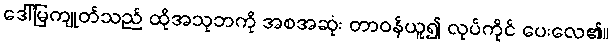
ဒေါ်မြကျုတ်သည် ထိုအသုဘကို အစအဆုံး တာဝန်ယူ၍ လုပ်ကိုင် ပေးလေ၏။